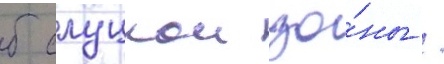
б слуцкои зо́ны /